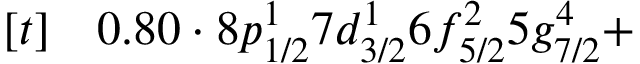
\begin{array} { r l } { [ t ] } & { { } 0 . 8 0 \cdot 8 p _ { 1 / 2 } ^ { 1 } 7 d _ { 3 / 2 } ^ { 1 } 6 f _ { 5 / 2 } ^ { 2 } 5 g _ { 7 / 2 } ^ { 4 } + } \end{array}